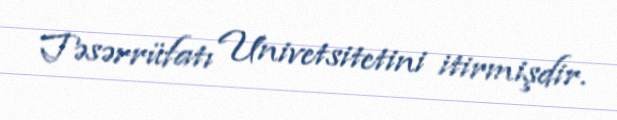
Təsərrüfatı Univetsitetini itirmişdir.